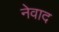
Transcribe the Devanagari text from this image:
नेवाद